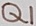
Text: Q1